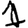
Digit: 1